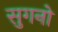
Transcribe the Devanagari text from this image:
सुगनो